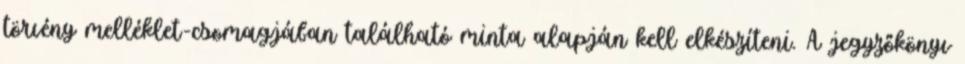
törvény melléklet-csomagjában található minta alapján kell elkészíteni. A jegyzőkönyv